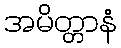
အမိတ္တာနံ